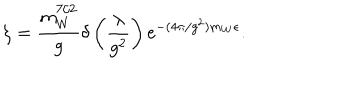
\zeta = \frac { m _ { W } ^ { 7 / 2 } } { g } \delta \left( \frac { \lambda } { g ^ { 2 } } \right) \mathrm { e } ^ { - ( 4 \pi / g ^ { 2 } ) m _ { W } \epsilon } .